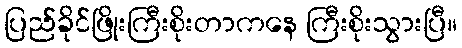
ပြည်ခိုင်ဖြိုးကြီးစိုးတာကနေ ကြီးစိုးသွားပြီ။